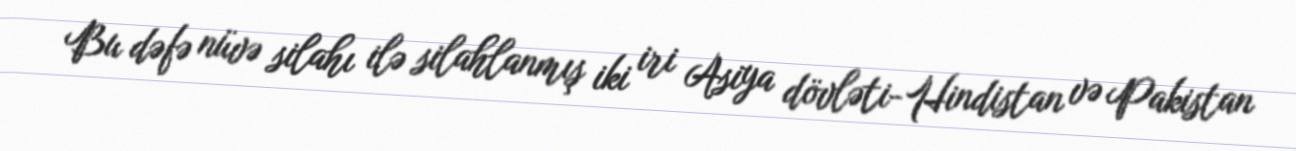
Bu dəfə nüvə silahı ilə silahlanmış iki iri Asiya dövləti-Hindistan və Pakistan